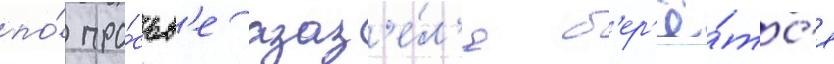
по́ про́сьб'е азаз'е́л'я б'ер'ё́тс'я